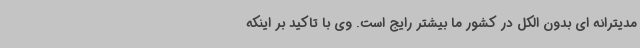
مدیترانه ای بدون الکل در کشور ما بیشتر رایج است. وی با تاکید بر اینکه